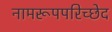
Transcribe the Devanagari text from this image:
नामरूपपरिच्छेद